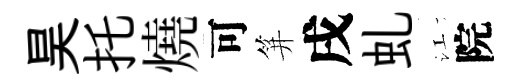
昊托燒可笄戌虬江院